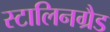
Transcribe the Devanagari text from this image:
स्टालिनग्रैड